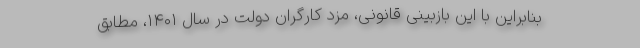
بنابراین با این بازبینی قانونی، مزد کارگران دولت در سال ۱۴۰۱، مطابق